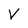
Character: V